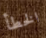
الخطأ